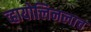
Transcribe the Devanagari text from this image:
व्हायोलिनलाच